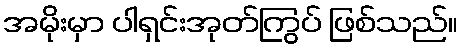
အမိုးမှာ ပါရှင်းအုတ်ကြွပ် ဖြစ်သည်။